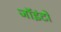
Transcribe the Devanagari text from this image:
जॉइंटो